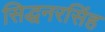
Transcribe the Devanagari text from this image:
सिद्धनरसिंह